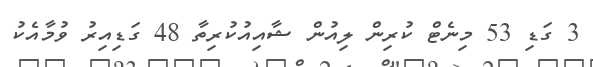
3 ގަޑި 53 މިނެޓް ކުރިން ލިއުން ޝާއިއުކުރިތާ 48 ގަޑިއިރު ވުމާއެކު